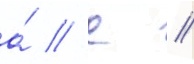
а́ // С //